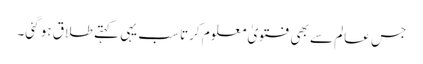
جس عالم سے بھی فتویٰ معلوم کرتا سب یہی کہتے طلاق ہو گئی۔